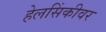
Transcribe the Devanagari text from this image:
हेलसिंकीवर